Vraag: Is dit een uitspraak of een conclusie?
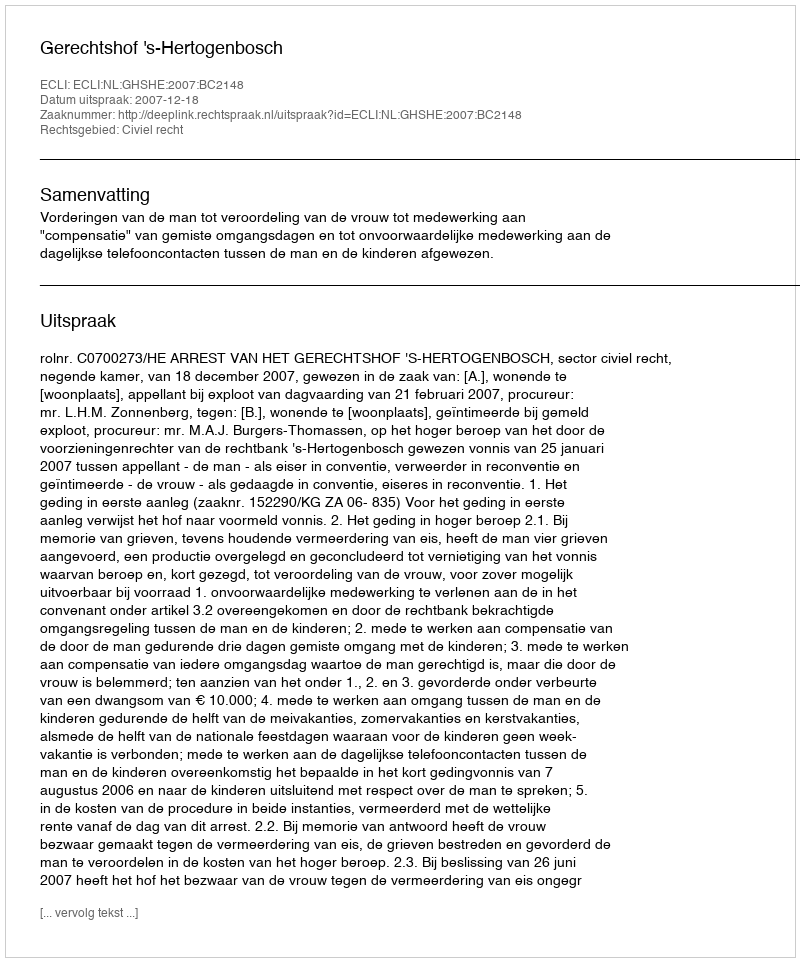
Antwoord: Uitspraak